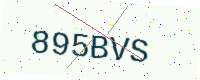
Text: 895BVS